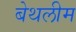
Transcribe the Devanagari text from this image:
बेथलीम